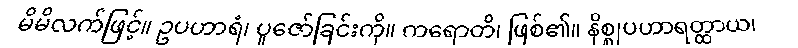
မိမိလက်ဖြင့်။ ဥပဟာရံ၊ ပူဇော်ခြင်းကို။ ကရောတိ၊ ဖြစ်၏။ နိစ္စုပဟာရတ္ထာယ၊